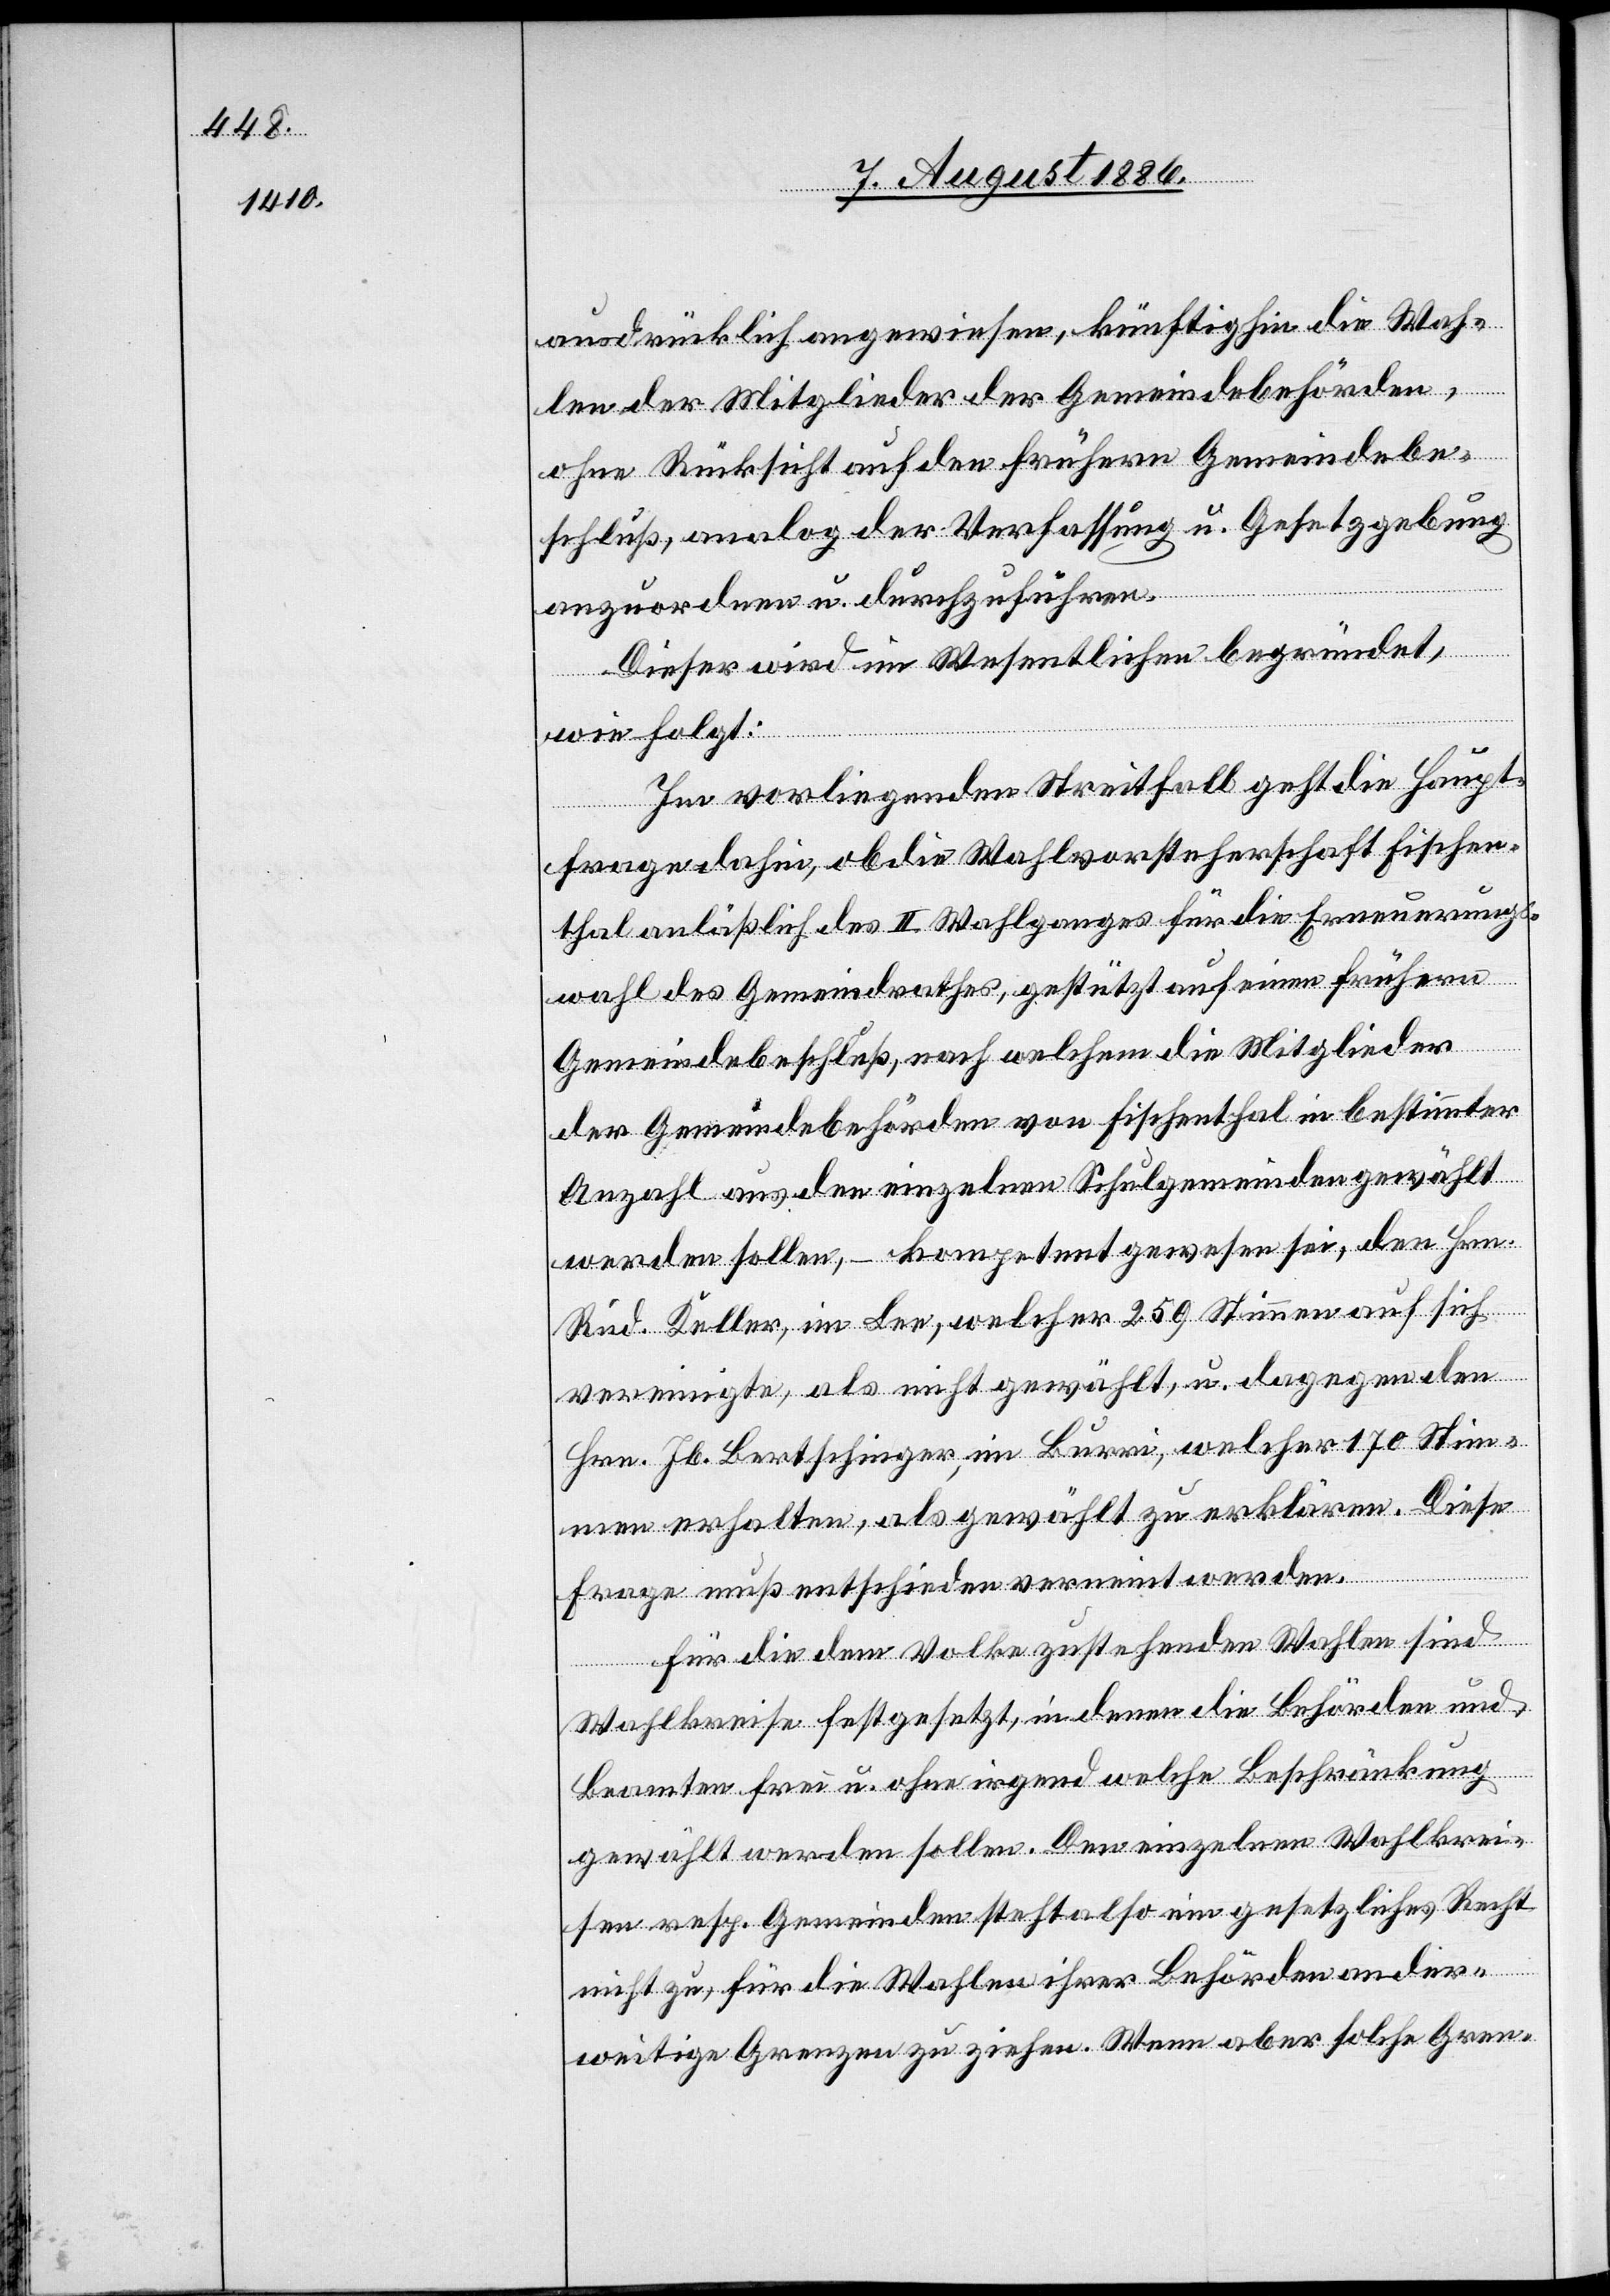
ausdrücklich angewiesen, künftighin die Wah¬
len der Mitglieder der Gemeindebehörden,
ohne Rücksicht auf den frühern Gemeindebe¬
schluß, analog der Verfassung u. Gesetzgebung
anzuordnen u. durchzuführen.
Dieser wird im Wesentlichen begründet,
wie folgt:
Im vorliegenden Streitfall geht die Haupt¬
frage dahin, ob die Wahlvorsteherschaft Fischen¬
thal anläßlich des II. Wahlganges für die Erneuerungs¬
wahl des Gemeindrathes, gestützt auf einen frühern
Gemeindebeschluß, nach welchem die Mitglieder
der Gemeindebehörden von Fischenthal in bestimmter
Anzahl aus den einzelnen Schulgemeinden gewählt
werden sollen, – kompetent gewesen sei, den Hrn.
Rud. Keller, im Lee, welcher 259 Stimmen auf sich
vereinigte, als nicht gewählt, u. dagegen den
Hrn. Jb. Bertschinger, im Burri, welcher 170 Stim¬
men erhalten, als gewählt zu erklären. Diese
Frage muß entschieden verneint werden.
Für die dem Volke zustehenden Wahlen sind
Wahlkreise festgesetzt, in denen die Behörden und
Beamten frei u. ohne irgend welche Beschränkung
gewählt werden sollen. Den einzelnen Wahlkrei¬
sen resp. Gemeinden steht also ein gesetzliches Recht
nicht zu, für die Wahlen ihrer Behörden ander¬
weitige Grenzen zu ziehen. Wenn aber solche Gren-